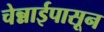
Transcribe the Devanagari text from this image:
चेन्नाईपासून